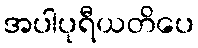
အပါပုရီယတိပေ